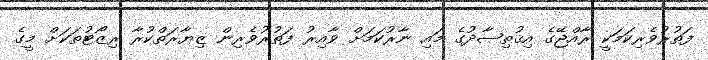
ފަތުރުވެރިކަމަކީ ރާއްޖޭގެ އިޤުތިޞާދުގެ މައި ނާރުކަމަށް ވާއިރު ފަތުރުވެރިން ޒިޔާރަތްކުރާ ރިޒޯޓުތަކަށް މީގެ